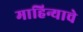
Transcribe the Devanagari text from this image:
माहिन्याचे